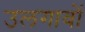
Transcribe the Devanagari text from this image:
उलगावों